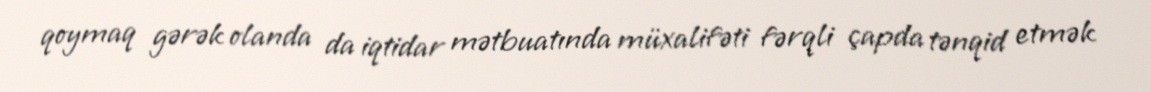
qoymaq gərək olanda da iqtidar mətbuatında müxalifəti fərqli çapda tənqid etmək